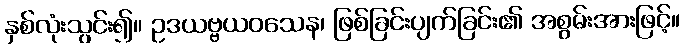
နှစ်လုံးသွင်း၍။ ဥဒယဗ္ဗယဝသေန၊ ဖြစ်ခြင်းပျက်ခြင်း၏ အစွမ်းအားဖြင့်။